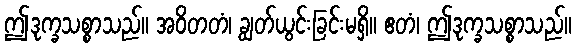
ဤဒုက္ခသစ္စာသည်။ အဝိတတံ၊ ချွတ်ယွင်းခြင်းမရှိ။ ဧတံ၊ ဤဒုက္ခသစ္စာသည်။